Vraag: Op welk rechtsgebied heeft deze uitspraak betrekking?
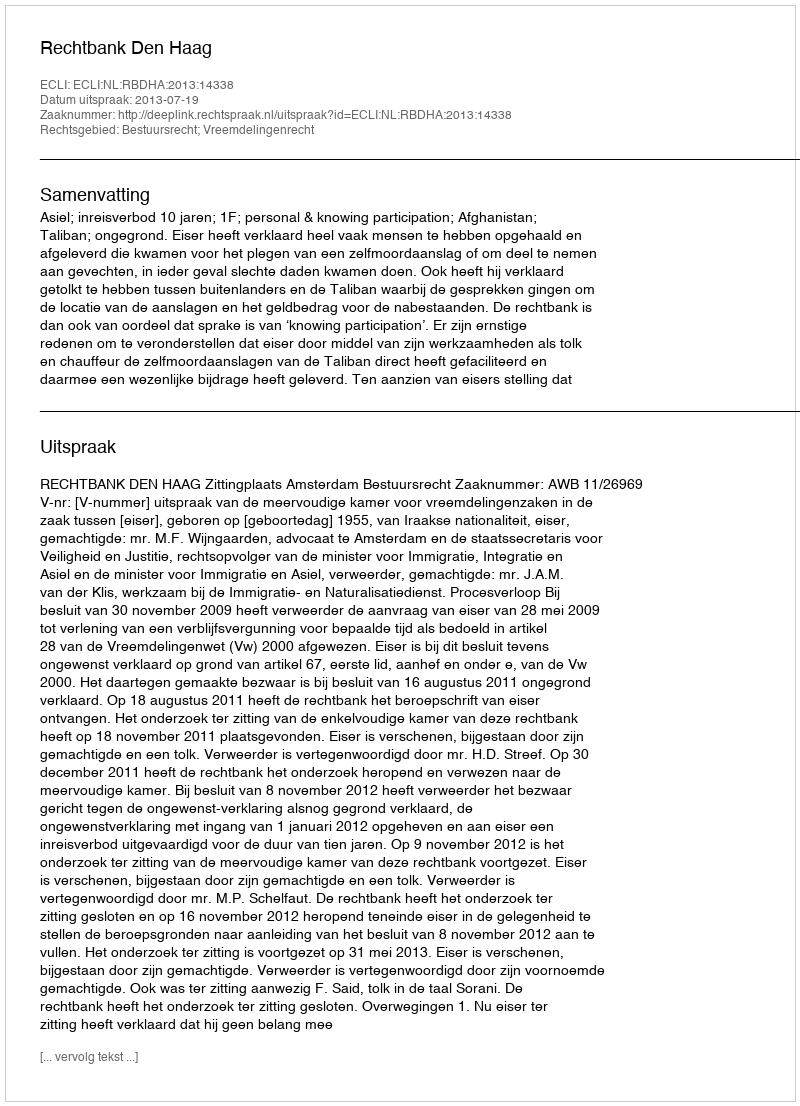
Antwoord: Bestuursrecht; Vreemdelingenrecht